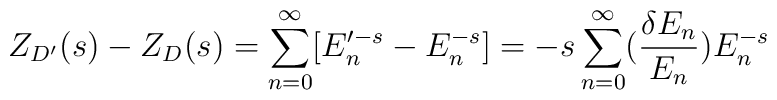
Z_{D'}(s)-Z_D(s) = \sum_{n=0}^{\infty}[E_n'^{-s} - E_n^{-s}] =-s\sum_{n=0}^{\infty}({{\delta E_n}\over{E_n}})E_n^{-s}